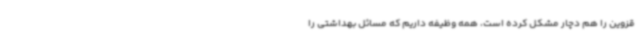
قزوین را هم دچار مشکل کرده است، همه وظیفه داریم که مسائل بهداشتی را